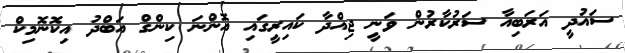
ސައުދީ އަރަބިއާ ސަރުކާރުން ވަނީ ޖިއްދާ ކައިރީގައި އޮންނަ ކިންގް އަބްދު އިކޮނޮމިކް